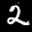
Label: 2